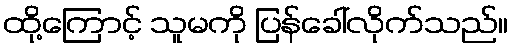
ထို့ကြောင့် သူမကို ပြန်ခေါ်လိုက်သည်။